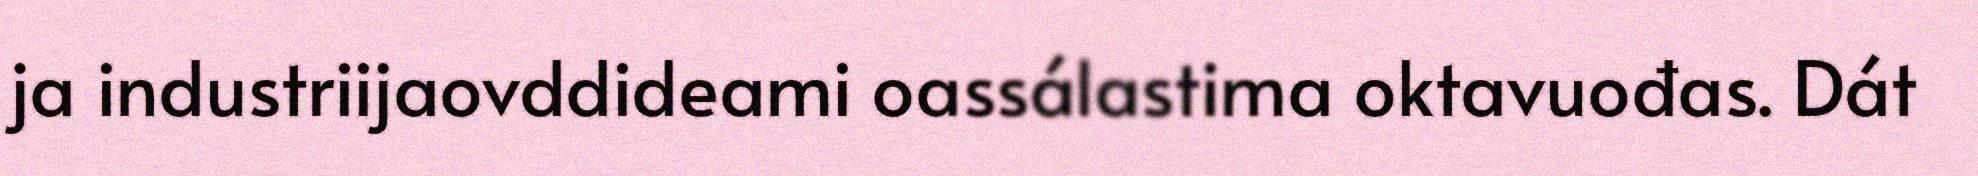
ja industriijaovddideami oassálastima oktavuođas. Dát